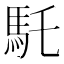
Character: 馲